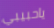
ياحبيبي